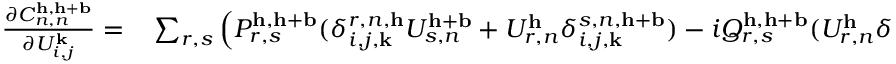
\begin{array} { r l } { \frac { \partial C _ { n , n } ^ { \mathbf { h } , \mathbf { h } + \mathbf { b } } } { \partial U _ { i , j } ^ { \mathbf { k } } } = } & { { } \sum _ { r , s } \left( P _ { r , s } ^ { \mathbf { h } , \mathbf { h } + \mathbf { b } } ( \delta _ { i , j , \mathbf { k } } ^ { r , n , \mathbf { h } } U _ { s , n } ^ { \mathbf { h } + \mathbf { b } } + U _ { r , n } ^ { \mathbf { h } } \delta _ { i , j , \mathbf { k } } ^ { s , n , \mathbf { h } + \mathbf { b } } ) - i Q _ { r , s } ^ { \mathbf { h } , \mathbf { h } + \mathbf { b } } ( U _ { r , n } ^ { \mathbf { h } } \delta _ { i , j , \mathbf { k } } ^ { s , n , \mathbf { h } + \mathbf { b } } - \delta _ { i , j , \mathbf { k } } ^ { r , n , \mathbf { h } } U _ { s , n } ^ { \mathbf { h } + \mathbf { b } } ) \right) . } \end{array}